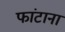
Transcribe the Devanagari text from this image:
फांटाना